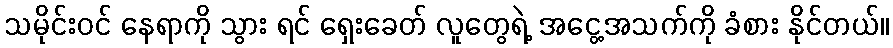
သမိုင်းဝင် နေရာကို သွား ရင် ရှေးခေတ် လူတွေရဲ့ အငွေ့အသက်ကို ခံစား နိုင်တယ်။